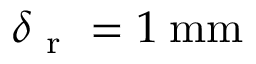
\delta _ { \mathrm { ~ r ~ } } = 1 \: \mathrm { m m }